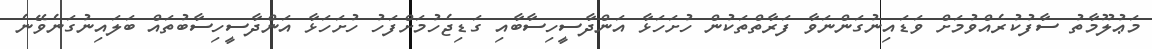
މަޢުލޫމާތު ސާފުކުރެއްވުމަށް ވަޑައިނުގަންނަވާ ފަރާތްތަކުން ހުށަހަޅާ އަންދާސީހިސާބާއި ގަޑިޖެހުމަށްފަހު ހުށަހަޅާ އަންދާސީހިސާބުތައް ބަލައިނުގަނެވޭނެ